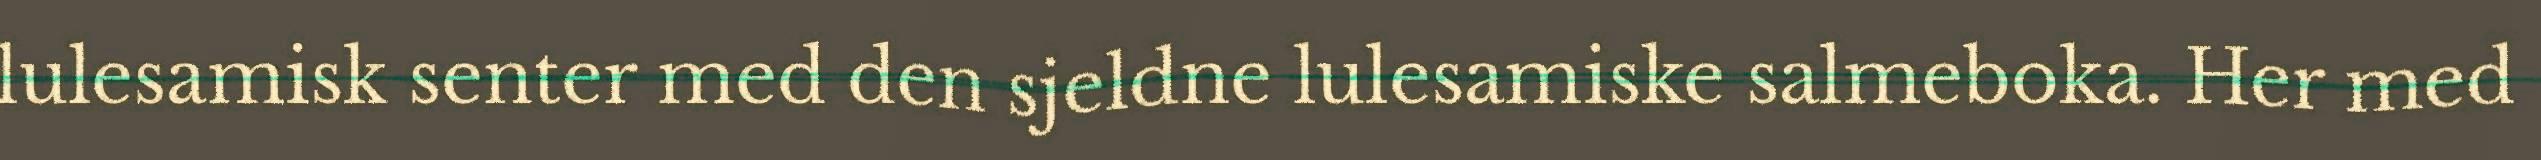
lulesamisk senter med den sjeldne lulesamiske salmeboka. Her med